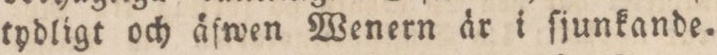
tydligt och äfwen Wenern är i ſjunkande.